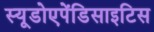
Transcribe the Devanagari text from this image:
स्यूडोएपेंडिसाइटिस